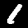
Digit: 1